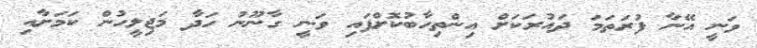
ވަނީ އޭނާ ފުރަތަމަ ދައުރަކަށް އިންތިހާބުކޮށްފައި ވަނީ ގާނޫނު ހަދާ މަޖިލީހުން ކަމަށާއި